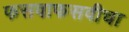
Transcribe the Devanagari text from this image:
फसवाफसवीचा